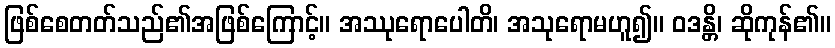
ဖြစ်စေတတ်သည်၏အဖြစ်ကြောင့်။ အဿုရောပေါတိ၊ အသုရောမဟူ၍။ ဝဒန္တိ၊ ဆိုကုန်၏။